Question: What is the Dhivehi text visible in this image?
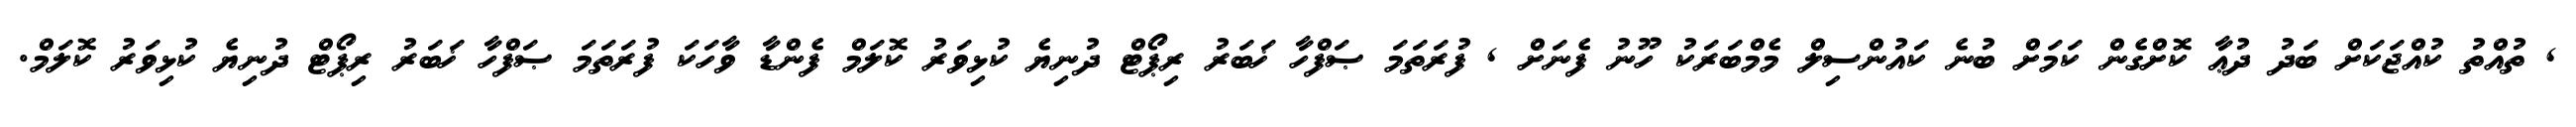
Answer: , ތުއްތު ކުއްޖަކަށް ބަދު ދުޢާ ކޮށްގެން ކަމަށް ބުނެ ކައުންސިލް މެމްބަރަކު ހޫނު ފެނަށް , ފުރަތަމަ ޞަފްހާ ޚަބަރު ރިޕޯޓް ދުނިޔެ ކުޅިވަރު ކޮލަމް ފެންޑާ ވާހަކަ ފުރަތަމަ ޞަފްހާ ޚަބަރު ރިޕޯޓް ދުނިޔެ ކުޅިވަރު ކޮލަމް.